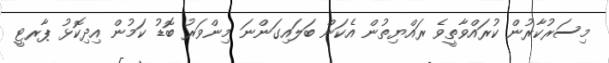
މިސަރުކާރުން ކުރައްވާތީވެ ރައްްޔިތުން އެކަން ބަލައިގަންނަ މިންވަރު ބޮޑު ކަމުން އިދިކޮޅު ޕާރޓީ